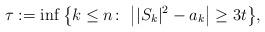
LaTeX: \begin{align*}\tau:=\inf\big\{k\leq n\colon\ \big||S_{k}|^{2}-a_{k}\big|\geq 3t\big\},\end{align*}